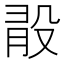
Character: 𣪏